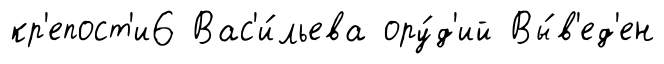
кр'епост'и6 Вас'и́льева ору́д'ий Вы́в'ед'ен